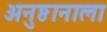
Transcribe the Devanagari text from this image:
अनुष्ठानाला